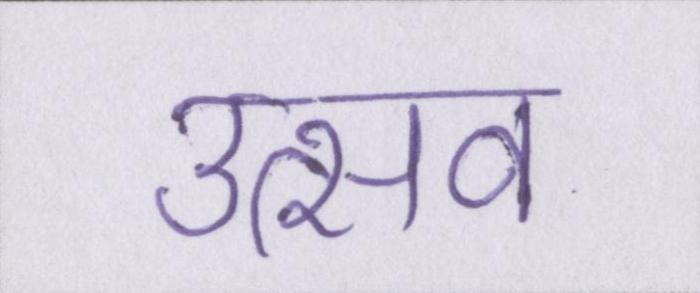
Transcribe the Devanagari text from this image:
उत्सव